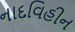
નાદવિહીન